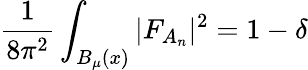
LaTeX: {\frac{1}{8\pi^{2}}}\int_{B_{\mu}(x)}\vert F_{A_{n}}\vert^{2}=1-\delta